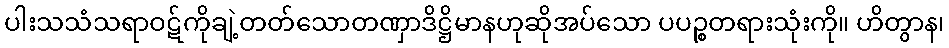
ပါးသသံသရာဝဋ်ကိုချဲ့တတ်သောတဏှာဒိဋ္ဌိမာနဟုဆိုအပ်သော ပပဉ္စတရားသုံးကို။ ဟိတွာန၊